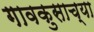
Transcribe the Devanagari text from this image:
गावकुसाच्या